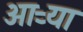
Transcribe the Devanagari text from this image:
आऱ्या